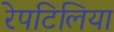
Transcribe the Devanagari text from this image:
रेपटिलिया